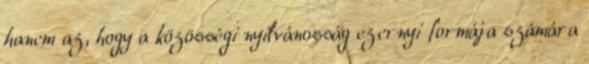
hanem az, hogy a közösségi nyilvánosság ezernyi formája számára